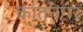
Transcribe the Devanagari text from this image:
कांतनगर